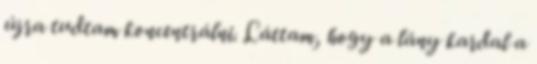
újra tudtam koncentrálni. Láttam, hogy a lány kardal a